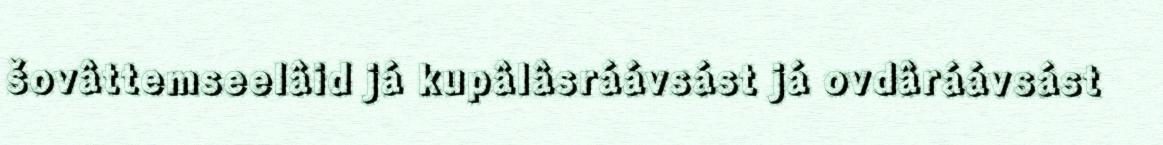
šovâttemseelâid já kupâlâsráávsást já ovdâráávsást